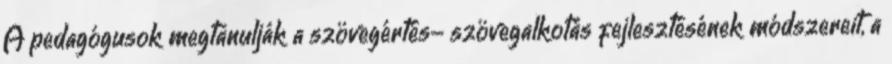
A pedagógusok megtanulják a szövegértés- szövegalkotás fejlesztésének módszereit, a